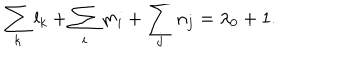
\sum _ { k } l _ { k } + \sum _ { i } m _ { i } + \sum _ { j } n _ { j } = \lambda _ { 0 } + 1 .